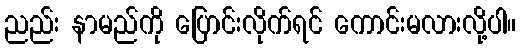
ညည်း နာမည်ကို ပြောင်းလိုက်ရင် ကောင်းမလားလို့ပါ။